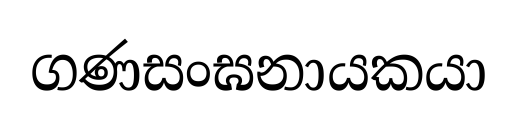
ගණසංඝනායකයා